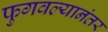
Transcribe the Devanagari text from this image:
फुगवल्यानंतर